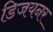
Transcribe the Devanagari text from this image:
डिजयनर